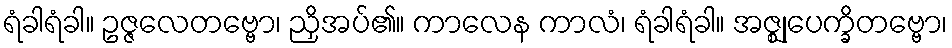
ရံခါရံခါ။ ဥဇ္ဇလေတဗ္ဗော၊ ညှိအပ်၏။ ကာလေန ကာလံ၊ ရံခါရံခါ။ အဇ္ဈုပေက္ခိတဗ္ဗော၊